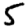
Digit: 5